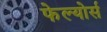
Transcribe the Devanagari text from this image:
फेल्योर्स